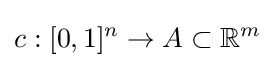
c:[0,1]^{n}\to A\subset \mathbb {R} ^{m}